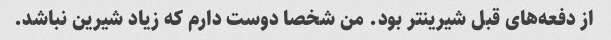
از دفعه‌های قبل شیرینتر بود. من شخصا دوست دارم که زیاد شیرین نباشد.